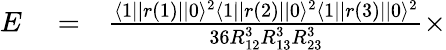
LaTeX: \begin{array}{rlr}{E}&{{}=}&{\frac{\langle 1||r(1)||0\rangle^{2}\langle 1||r(2)||0\rangle^{2}\langle 1||r(3)||0\rangle^{2}}{36R_{12}^{3}R_{13}^{3}R_{23}^{3}}\times}\end{array}